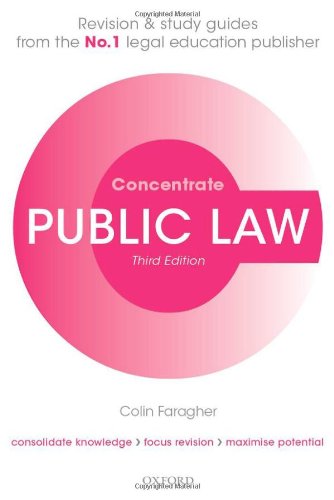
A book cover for Public Law Concentrate: Law Revision and Study Guide; Colin Faragher; Law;